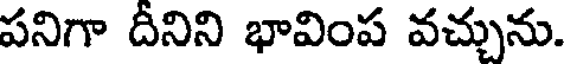
పనిగా దీనిని భావింప వచ్చును.